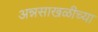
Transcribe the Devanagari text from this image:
अन्नसाखळीच्या